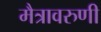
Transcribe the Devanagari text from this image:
मैत्रावरुणी